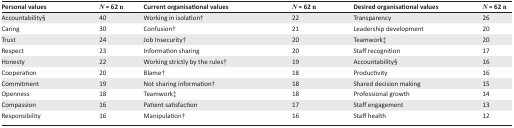
| Personal values | N= 62 n | Current organisational values | N= 62 n | Desired organisational values | N= 62 n |
 | --- | --- | --- | --- | --- | --- |
 | Accountability§ | 40 | Working in isolation† | 22 | Transparency | 26 |
 | Caring | 30 | Confusion† | 21 | Leadership development | 20 |
 | Trust | 24 | Job Insecurity† | 20 | Teamwork‡ | 20 |
 | Respect | 23 | Information sharing | 20 | Staff recognition | 17 |
 | Honesty | 22 | Working strictly by the rules† | 19 | Accountability§ | 16 |
 | Cooperation | 20 | Blame† | 18 | Productivity | 16 |
 | Commitment | 19 | Not sharing information† | 18 | Shared decision making | 15 |
 | Openness | 18 | Teamwork‡ | 18 | Professional growth | 14 |
 | Compassion | 16 | Patient satisfaction | 17 | Staff engagement | 13 |
 | Responsibility | 16 | Manipulation† | 16 | Staff health | 12 |